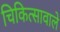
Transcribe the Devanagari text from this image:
चिकित्सावाले